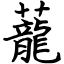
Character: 蘢